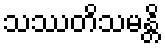
သဿတိသမန္တိ